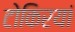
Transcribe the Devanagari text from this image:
टोकिरयां